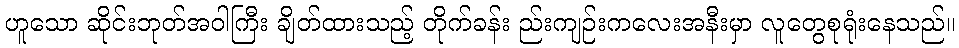
ဟူသော ဆိုင်းဘုတ်အဝါကြီး ချိတ်ထားသည့် တိုက်ခန်း ည်းကျဉ်းကလေးအနီးမှာ လူတွေစုရုံးနေသည်။